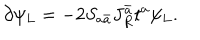
\partial \psi _ { L } = - 2 S _ { a \bar { a } } J _ { R } ^ { \bar { a } } t ^ { a } \psi _ { L } .